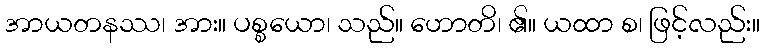
အာယတနဿ၊ အား။ ပစ္စယော၊ သည်။ ဟောတိ၊ ၏။ ယထာ စ၊ ဖြင့်လည်း။